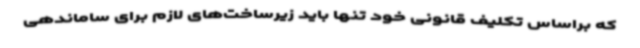
که براساس تکلیف قانونی خود تنها باید زیرساخت‌های لازم برای ساماندهی